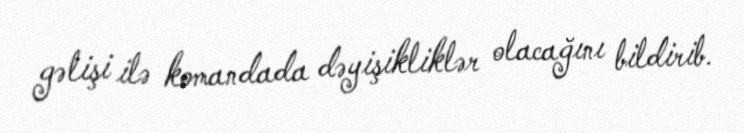
gəlişi ilə komandada dəyişikliklər olacağını bildirib.